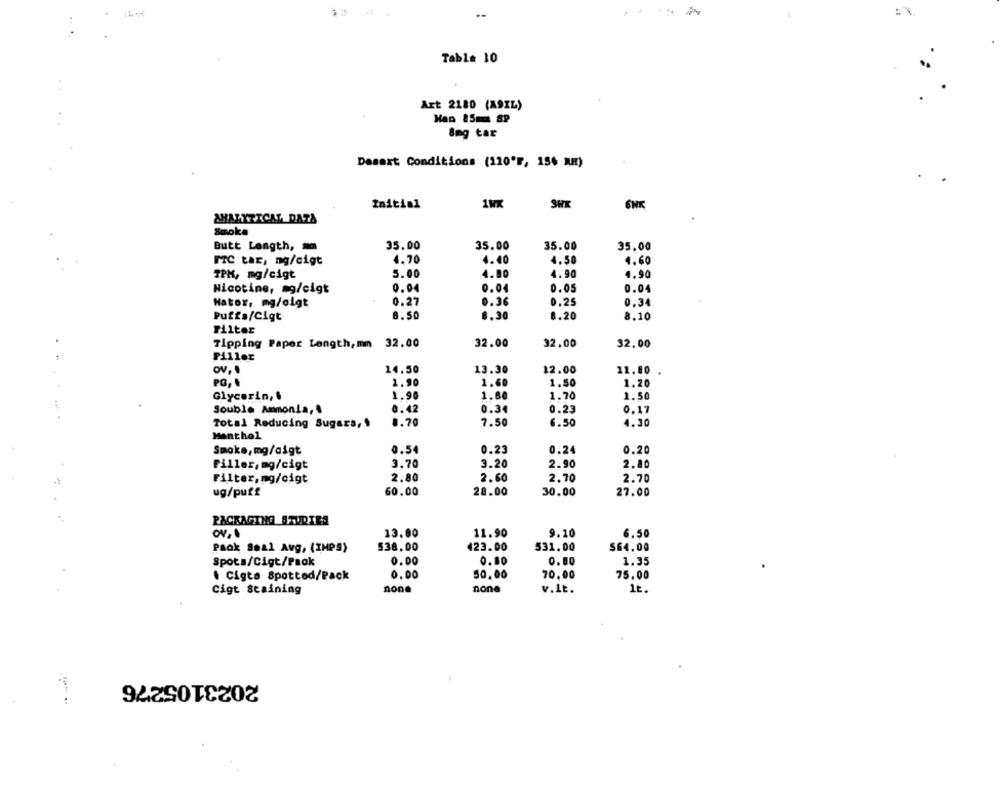
--
Table 10
Azt 2180 (A9IL)
8mg tar
Dasaxt Conditions (120'F, 154 RH)
Initial
SHK
ENK
ANALYTICAL DATA
Smoke
35.00
35.00
35.00
35.00
Butt Length,
FTC taE, ng/cigt
4.70
4.40
4.50
4.60
TPM, mg/cigt
5.00
4.80
4.90
4.90
Nicotine, mg/cigt
0.04
0.04
0.05
0.04
0.27
0.36
0.25
0.34
Nator, mg/olgt
Puffs/Cigt
8.50
8.30
6.20
8.10
Filter
Tipping Paper Length,mm 32.00
32.00
32.00
32.00
Piller
14.50
13.30
12.00
11.80
1.90
1.60
1.50
1.20
Glycerin,
1.90
1.60
1.70
1.50
Souble Ammonia,
0.42
0.34
0.23
0.17
Total Reducing Sugars,
0.70
7.50
6.50
4.30
Menthol
Smoke, mg/aigt
0.54
0.23
0.24
0.20
Filler, mg/cigt
3.70
3.20
2.90
2.80
Filter, mg/cigt
2.80
2.60
2.70
2.70
28.00
ug/puff
60.00
30.00
27.00
PACKAGING STUDIES
13.00
11.90
9.10
6.50
538.00
423.00
531.00
$64.00
Paok Seal Avg, (IMPS)
Spots/Cigt/Paok
0.00
0.80
0.80
1.35
. Cígta Spotted/Pack
0,00
50.00
70.00
75.00
Cigt staining
none
none
v.1t.
1t.
2023105276